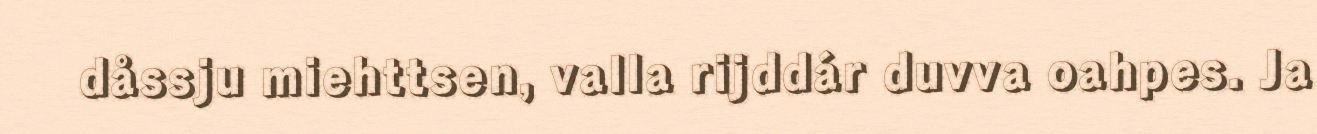
dåssju miehttsen, valla rijddár duvva oahpes. Ja